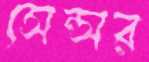
সেন্সর